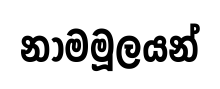
නාමමූලයන්